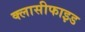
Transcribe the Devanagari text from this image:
क्लासीफाइड